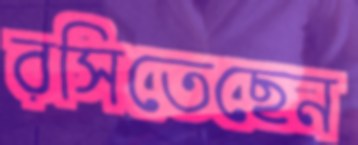
রসিতেছেন